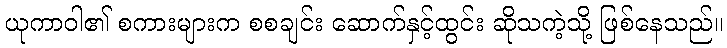
ယုကာဝါ၏ စကားများက စစချင်း ဆောက်နှင့်ထွင်း ဆိုသကဲ့သို့ ဖြစ်နေသည်။